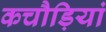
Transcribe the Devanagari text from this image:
कचौड़ियां